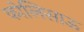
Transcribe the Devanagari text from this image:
कोलिसाऊ